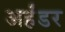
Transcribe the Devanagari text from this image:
अर्हंडर